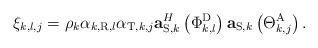
LaTeX: \begin{align*} {\xi _{k,{l},{j}}} = {\rho _k}{\alpha _{{k,{\rm{R}}},{l}}}{\alpha _{{\rm{T}},k,{j}}}{\bf{a}}_{{\rm{S,}}k}^H\left( {\Phi _{{k},{l}}^{\rm{D}}} \right){{\bf{a}}_{{\rm{S}},k}}\left( {\Theta _{k,{j}}^{\rm{A}}} \right).\end{align*}